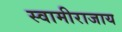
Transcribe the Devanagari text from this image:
स्वामीराजाय